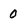
Character: 0